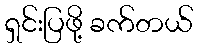
ရှင်းပြဖို့ ခက်တယ်